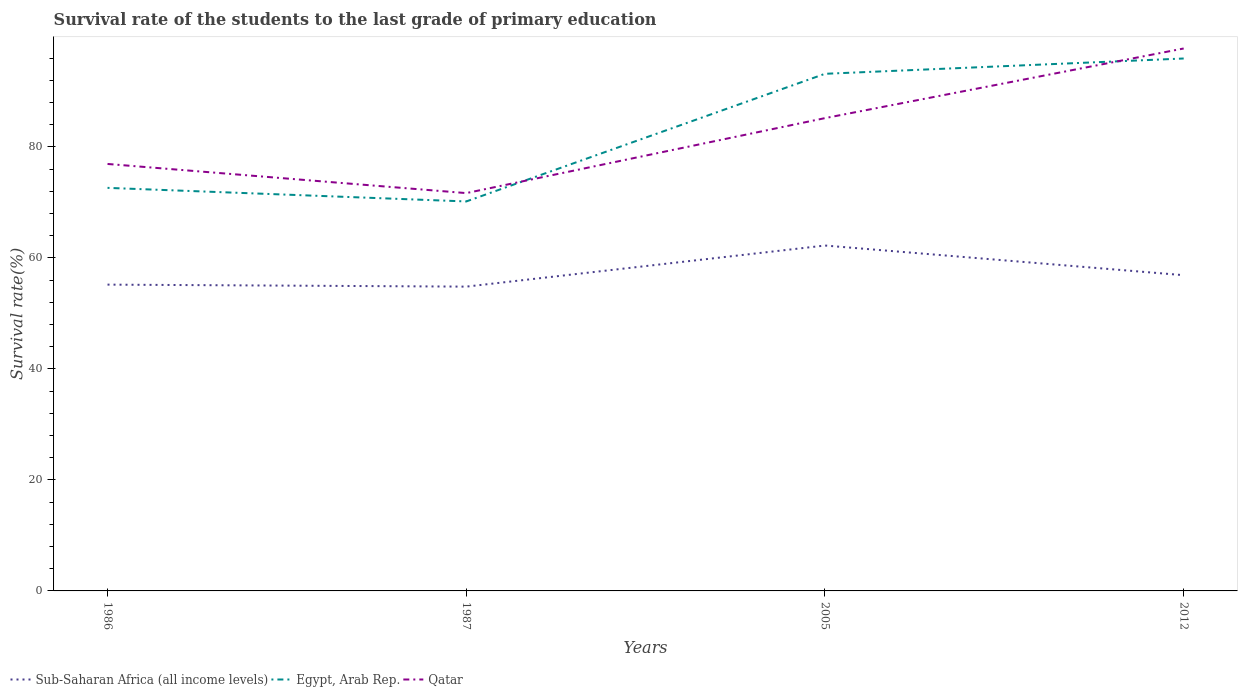
| Years | Sub-Saharan Africa (all income levels) | Egypt, Arab Rep. | Qatar |
 | --- | --- | --- | --- |
 | 1986 | 55.2 | 72.6 | 76.9 |
 | 1987 | 54.8 | 70.2 | 71.7 |
 | 2005 | 62.2 | 93.2 | 85.2 |
 | 2012 | 56.9 | 95.9 | 97.7 |